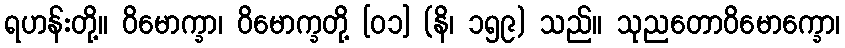
ရဟန်းတို့။ ဝိမောက္ခာ၊ ဝိမောက္ခတို့ [၀၁] (နိ၊ ၁၅၉) သည်။ သုညတောဝိမောက္ခော၊